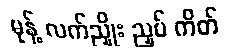
မုန့် လက်ညှိုး ညှပ် ကိတ်